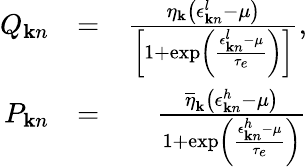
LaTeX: \begin{array}{rlr}{Q_{{\mathbf k}n}}&{=}&{\frac{\eta_{\mathbf k}\left(\epsilon_{{\mathbf k}n}^{l}-\mu\right)}{\left[1+\exp\left(\frac{\epsilon_{{\mathbf k}n}^{l}-\mu}{\tau_{e}}\right)\right]},}\\ {P_{{\mathbf k}n}}&{=}&{\frac{\overline{{\eta}}_{\mathbf k}\left(\epsilon_{{\mathbf k}n}^{h}-\mu\right)}{1+\exp\left(\frac{\epsilon_{{\mathbf k}n}^{h}-\mu}{\tau_{e}}\right)}}\end{array}